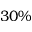
3 0 \%